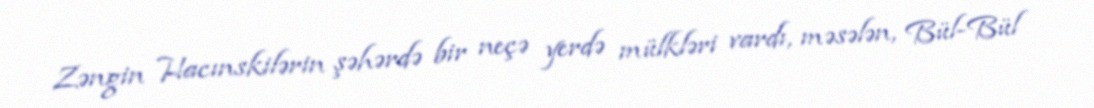
Zəngin Hacınskilərin şəhərdə bir neçə yerdə mülkləri vardı, məsələn, Bül-Bül